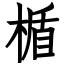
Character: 楯